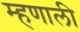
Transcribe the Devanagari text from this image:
म्‍हणाली